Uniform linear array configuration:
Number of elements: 12
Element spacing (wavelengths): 0.25
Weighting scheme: kaiser
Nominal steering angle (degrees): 15
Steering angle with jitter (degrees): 13.392
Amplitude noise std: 0.05
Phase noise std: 0.05

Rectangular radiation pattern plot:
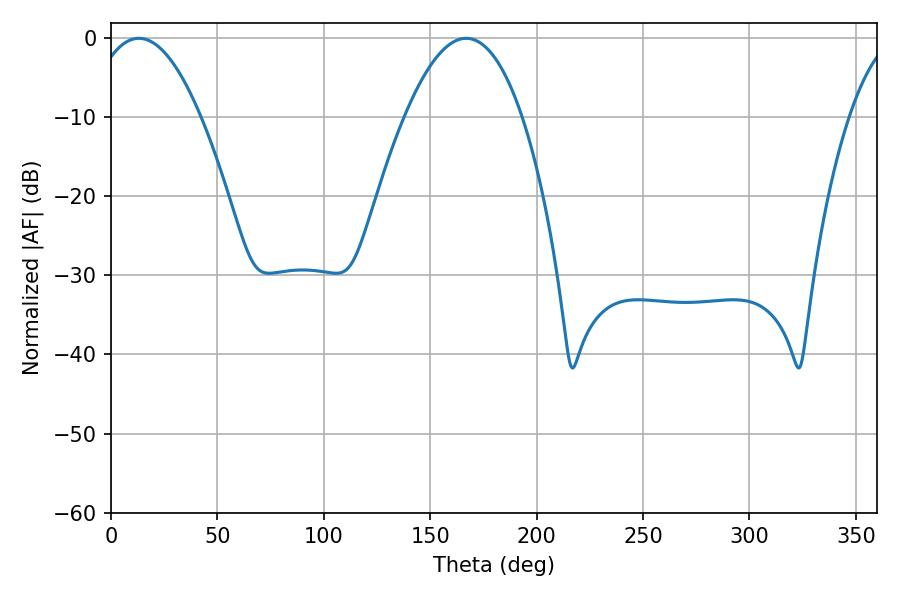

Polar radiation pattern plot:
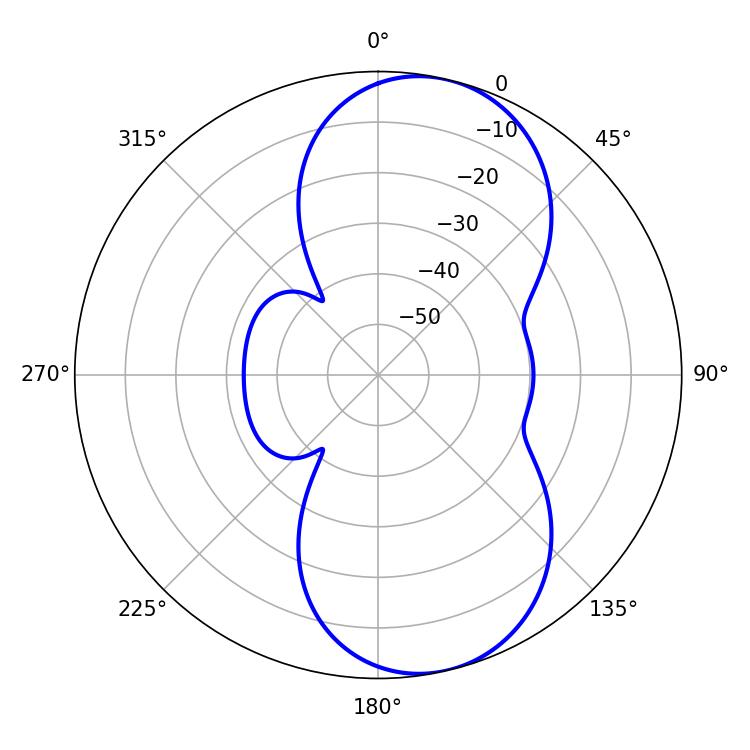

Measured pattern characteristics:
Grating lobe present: FALSE
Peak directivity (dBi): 8.721
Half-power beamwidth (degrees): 28.62
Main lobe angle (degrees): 13.14